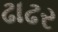
ઢાઢર